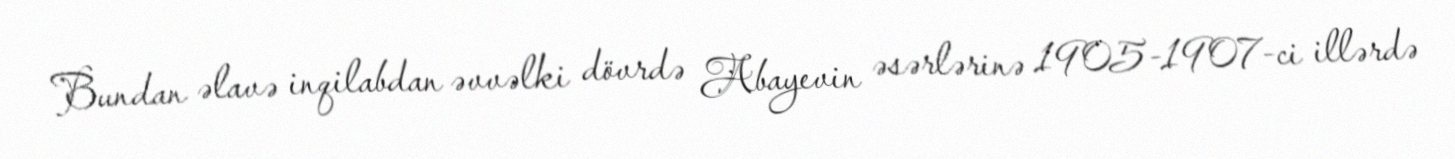
Bundan əlavə inqilabdan əvvəlki dövrdə Abayevin əsərlərinə 1905-1907-ci illərdə